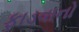
ફાડવાનો